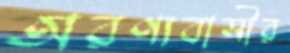
অরণ্যবাসীর